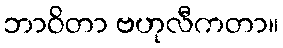
ဘာဝိတာ ဗဟုလီကတာ။